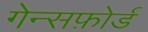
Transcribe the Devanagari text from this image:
गेन्सफ़ोर्ड